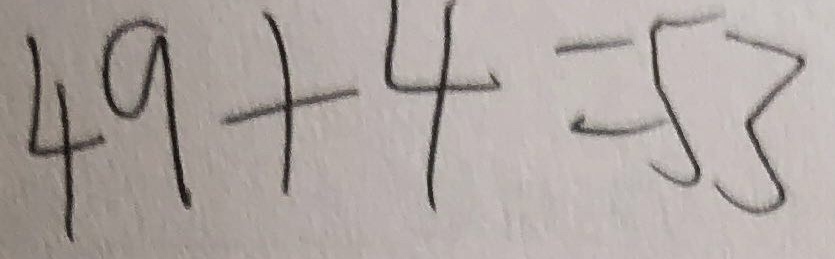
4 9 + 4 = 5 3